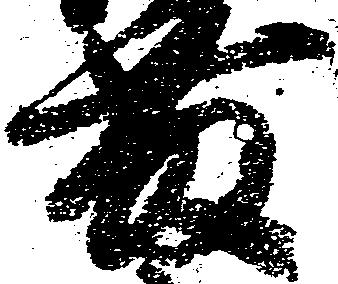
藤